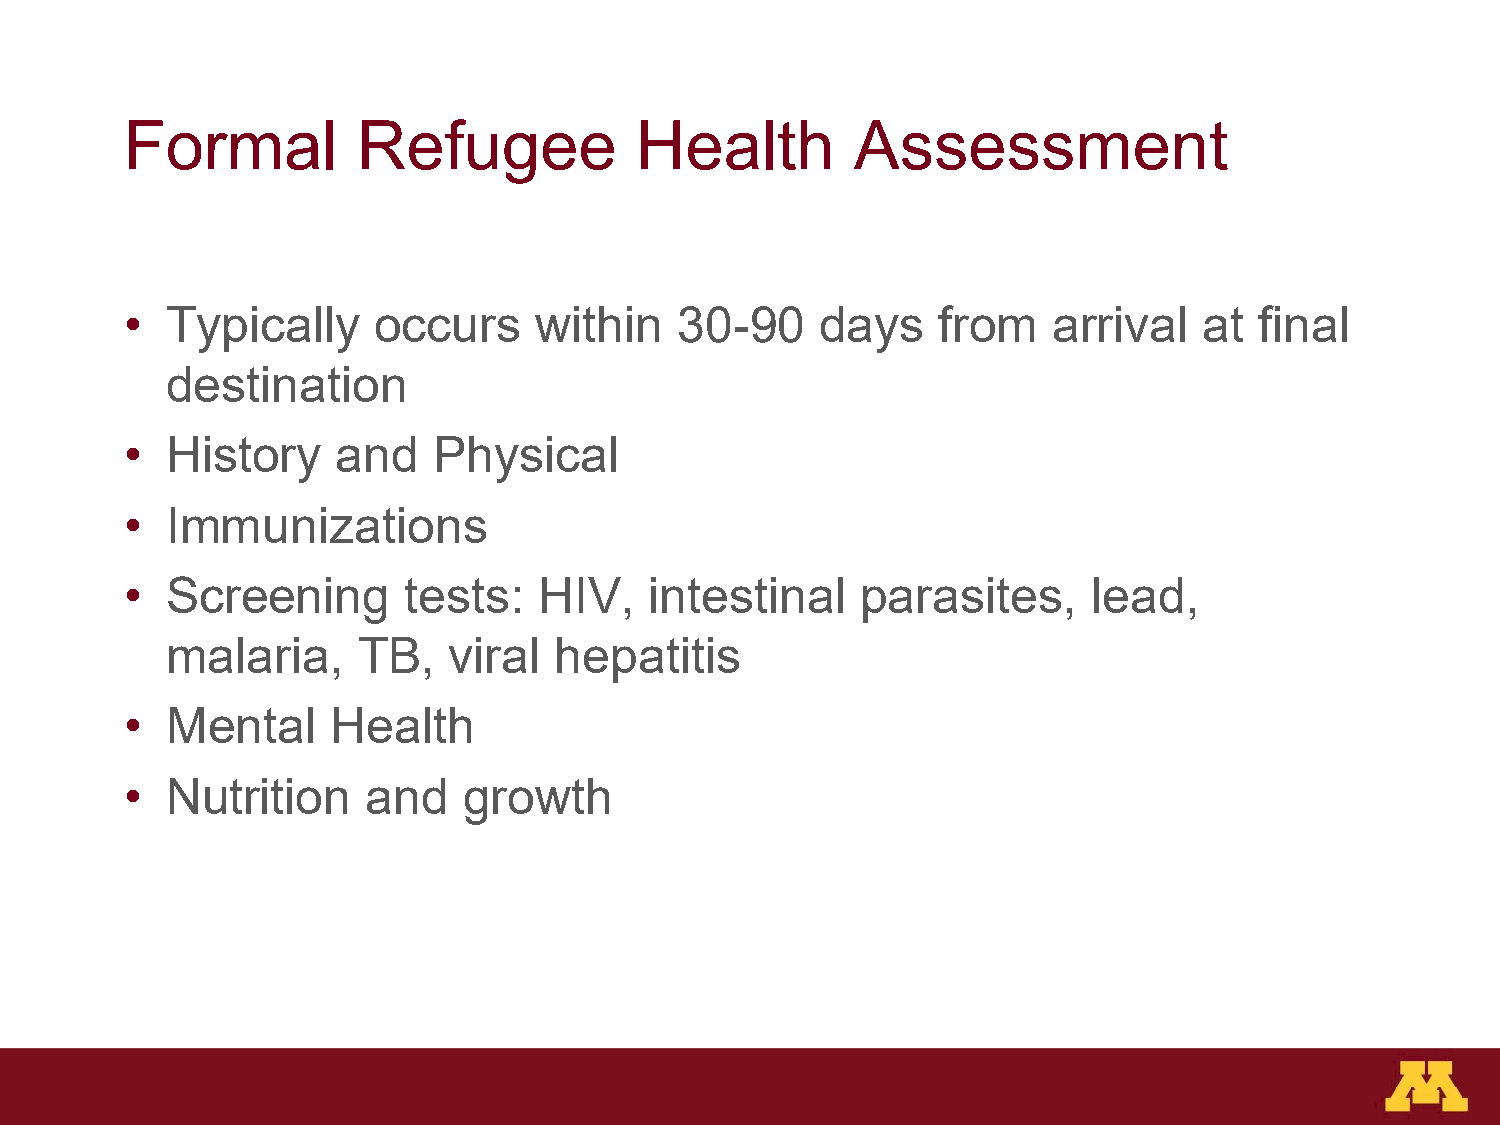
Formal          Refugee           Health         Assessment
 •  Typically     occurs    within    30-90    days    from    arrival   at final
 destination
 •  History    and    Physical
 •  Immunizations
 •  Screening       tests:   HIV,   intestinal    parasites,     lead,
 malaria,     TB,   viral  hepatitis
 •  Mental     Health
 •  Nutrition    and    growth